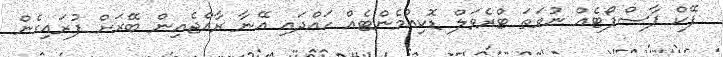
ފޭކް ޕާސްޕޯޓެއް ނުވަތަ ޓްރެވަލް ޑޮކިއުމެންޓެއް ހައްދައި އޭނާ ރާއްޖެއިން ބޭރަށް ފުރައިގެން